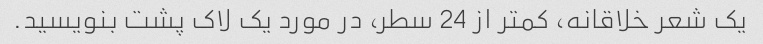
یک شعر خلاقانه، کمتر از 24 سطر، در مورد یک لاک پشت بنویسید.